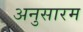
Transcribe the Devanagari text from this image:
अनुसारम